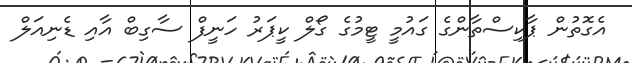
އެގޮތުން ޕާކިސްތާންގެ ގައުމީ ޓީމުގެ ގޯލް ކީޕަރު ހަނީފް ސާގިބް އާއި ޑެނިއަލް